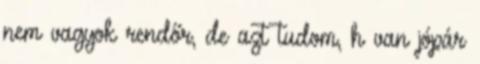
nem vagyok rendőr, de azt tudom, h van jópár